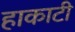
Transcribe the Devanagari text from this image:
हाकाटी